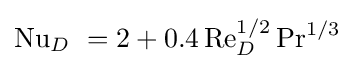
\mathrm {Nu} _{D}\ ={2}+0.4\,\mathrm {Re} _{D}^{1/2}\,\mathrm {Pr} ^{1/3}